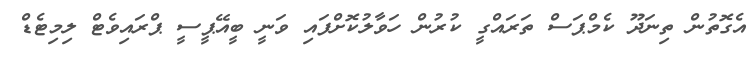
އެގޮތުން ތިނަދޫ ކެމްޕަސް ތަރައްގީ ކުރުން ހަވާލުކޮށްފައި ވަނީ ބީއޭޕީސީ ޕްރައިވެޓް ލިމިޓެޑް